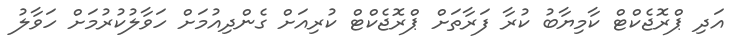
އަދި ޕްރޮޖެކްޓް ކާމިޔާބު ކުރާ ފަރާތަށް ޕްރޮޖެކްޓް ކުރިއަށް ގެންދިއުމަށް ހަވާލުކުރުމަށް ހަވާލު